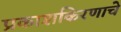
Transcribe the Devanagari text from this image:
प्रकाशकिरणाचे